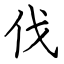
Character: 伐